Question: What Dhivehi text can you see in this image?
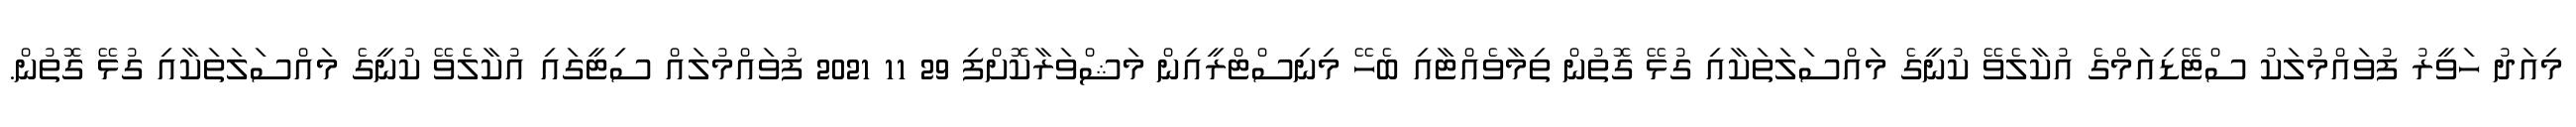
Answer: މިއަދު ހަވީރު ފުވައްމުލަކު ސްޓޭޑިއަމްގެ އުކާލެވޭ ކުނީގެ މައްސަލަތަކާއި ގުޅޭ ގޮތުން ތިމާވެއްޓާއި ބެހޭ މިނިސްޓްރީއިން މަޝްވަރާކޮށްފި 29 11 2021 ފުވައްމުލައް ސިޓީގައި އުކާލެވޭ ކުނީގެ މައްސަލަތަކާއި ގުޅޭ ގޮތުން.